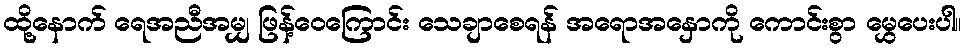
ထို့နောက် ရေအညီအမျှ ဖြန့်ဝေကြောင်း သေချာစေရန် အရောအနှောကို ကောင်းစွာ မွှေပေးပါ။